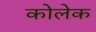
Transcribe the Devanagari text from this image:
कोलेक